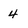
Character: 4